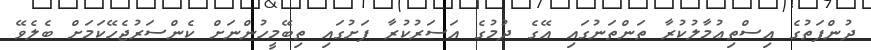
ދުންފަތުގެ އިސްތިޢުމާލުކުރާ ތަންތަނުގައި އޭގެ ދުމުގެ އަސަރުކުރާ ފަށުގައި ތިބޭމީހުންނަށް ކެންސަރުޖެހޭކަމަށް ބެލެވޭ